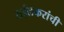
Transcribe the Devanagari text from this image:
राईलकरांची